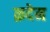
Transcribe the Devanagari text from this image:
क़देम